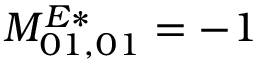
M _ { 0 1 , 0 1 } ^ { E * } = - 1